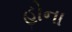
હોના